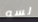
لسه